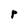
Character: p